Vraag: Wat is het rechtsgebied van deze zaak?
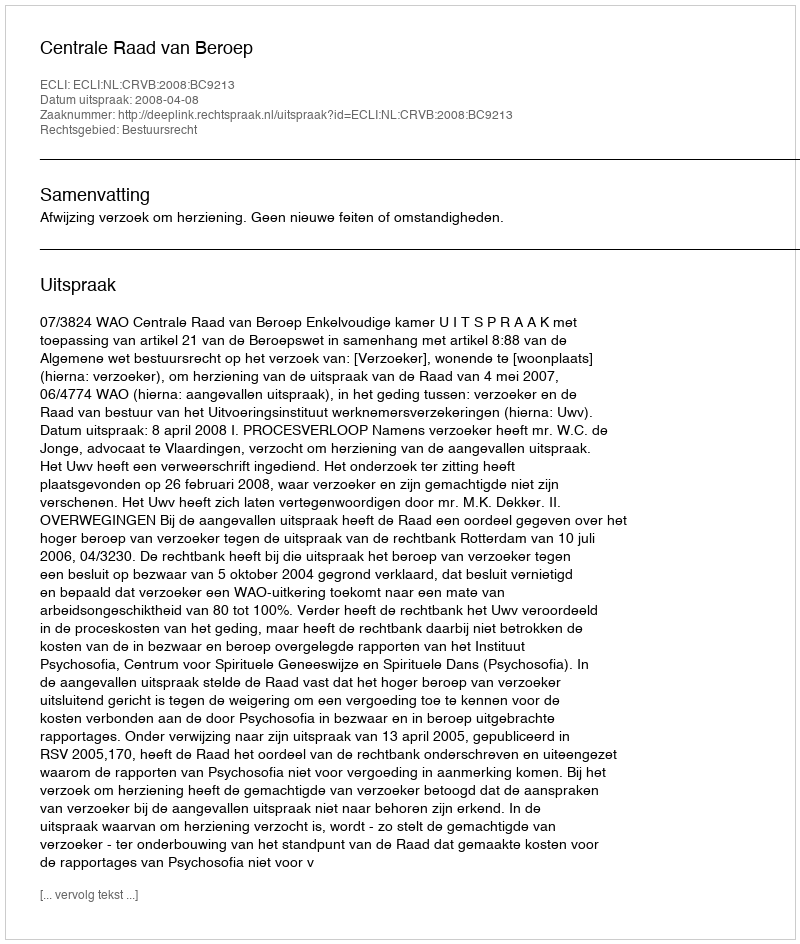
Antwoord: Bestuursrecht